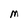
Character: M